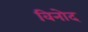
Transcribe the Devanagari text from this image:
विनोेद